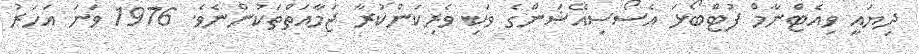
ދިޔައީ ވިއެޓްނާމް ފުޓްބޯޅަ އެސޯސިއޭޝަންގެ ވަކި ވެރިކަންކުރާ ޖަމާއަތްތަކުންނެވެ. 1976 ވަނަ އަހަރު